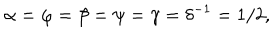
\alpha = \varphi = \beta = \psi = \gamma = \delta ^ { - 1 } = 1 / 2 ,